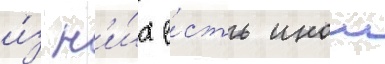
и́з н'и́х е́сть инои